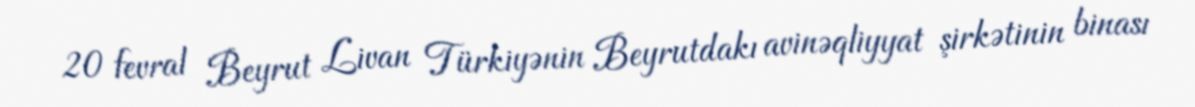
20 fevral Beyrut Livan Türkiyənin Beyrutdakı avinəqliyyat şirkətinin binası